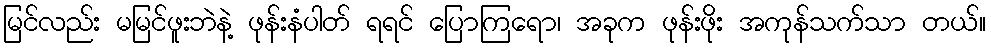
မြင်လည်း မမြင်ဖူးဘဲနဲ့ ဖုန်းနံပါတ် ရရင် ပြောကြရော၊ အခုက ဖုန်းဖိုး အကုန်သက်သာ တယ်။